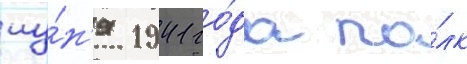
иу́н'я 1941 го́да по́лк